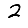
Digit: 2